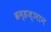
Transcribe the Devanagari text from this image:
ब्रम्हज्ञान